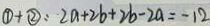
\textcircled { 1 } + \textcircled { 2 } : 2 a + 2 b + 2 b - 2 a = - 1 2